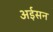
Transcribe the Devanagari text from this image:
अईसन